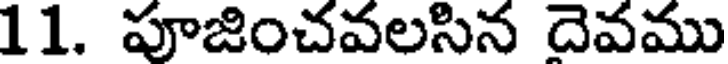
11. పూజించవలసిన దెవము